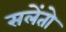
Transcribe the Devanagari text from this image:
सलेंतो